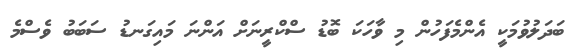
ބަދަލުވުމަކީ އެންމެފަހުން މި ވާހަކަ ބޮޑު ސްކްރީނަށް އަންނަ މައިގަނޑު ސަބަބު ވެސްމެ